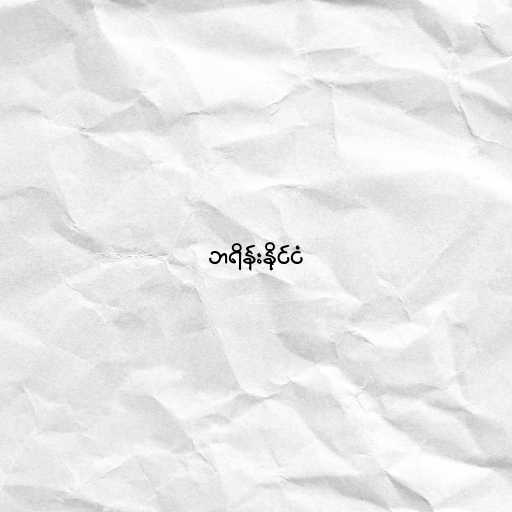
ဘရိန်းနိုင်ငံ